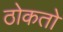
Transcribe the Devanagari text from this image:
ठोकतो